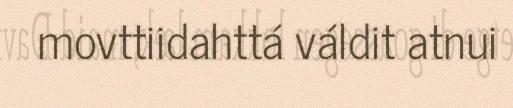
movttiidahttá váldit atnui